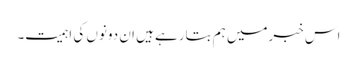
اس خبرمیں ہم بتارہے ہیں ان دونوں کی اہمیت۔